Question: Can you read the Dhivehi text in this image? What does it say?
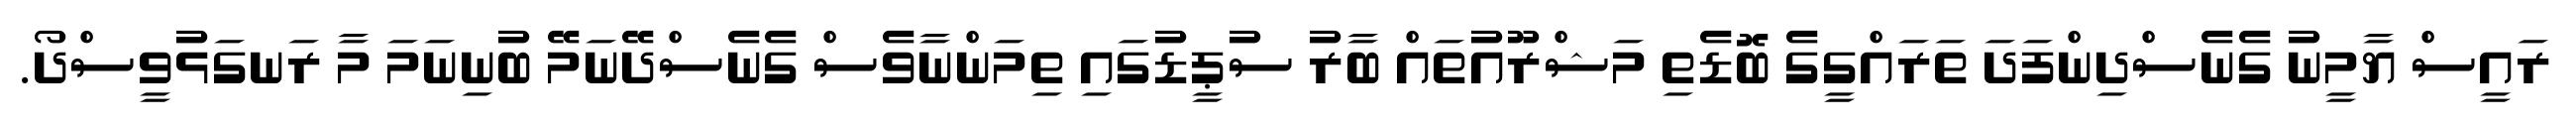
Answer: ރައީސް ޔާމީނު ގެނެސްދިންފަދަ ތަރައްގީގެ ބޮޑެތި މަޝްރޫއުތައް ބާރު ސުޕީޑުގައި ތިމަންނާވެސް ގެނެސްދޭނަމޭ ބުނިނަމަ މާ ރަނގަޅުވީސްދޯ.